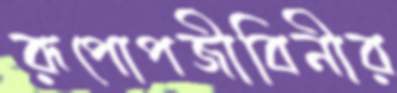
রূপোপজীবিনীর